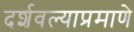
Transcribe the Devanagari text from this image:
दर्शवल्याप्रमाणे